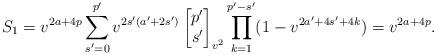
LaTeX: \begin{align*} S_1 &= v^{2a+ 4p} \sum_{s'=0}^{p'} v^{2s'(a'+2s')} \begin{bmatrix}p' \\s'\end{bmatrix}_{v^2} \prod_{k=1}^{p' -s'} (1-v^{2a'+4s'+4k}) = v^{2a+ 4p}.\end{align*}